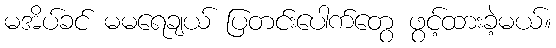
မအိပ်ခင် မမရေချယ် ပြတင်းပေါက်တွေ ဖွင့်ထားခဲ့မယ်။